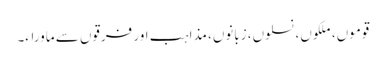
قوموں، ملکوں، نسلوں، زبانوں، مذاہب اور فرقوں سے ماوراء۔